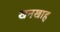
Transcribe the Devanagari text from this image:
खनखाह